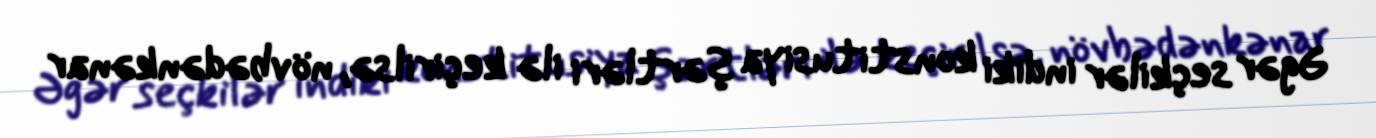
Əgər seçkilər indiki konstitusiya şərtləri ilə keçirilsə, növbədənkənar